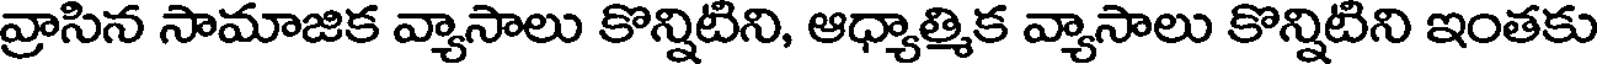
వ్రాసిన సామాజిక వ్యాసాలు కొన్నిటిని, ఆధ్యాత్మిక వ్యాసాలు కొన్నిటిని ఇంతకు